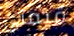
قيمتي